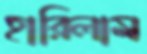
হারিলাম